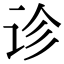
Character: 诊